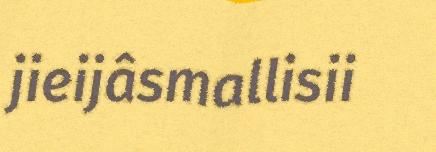
jieijâsmallisii